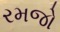
રમજો